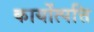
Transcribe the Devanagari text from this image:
कायोंत्पत्ति